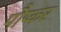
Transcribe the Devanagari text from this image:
पौष्कर